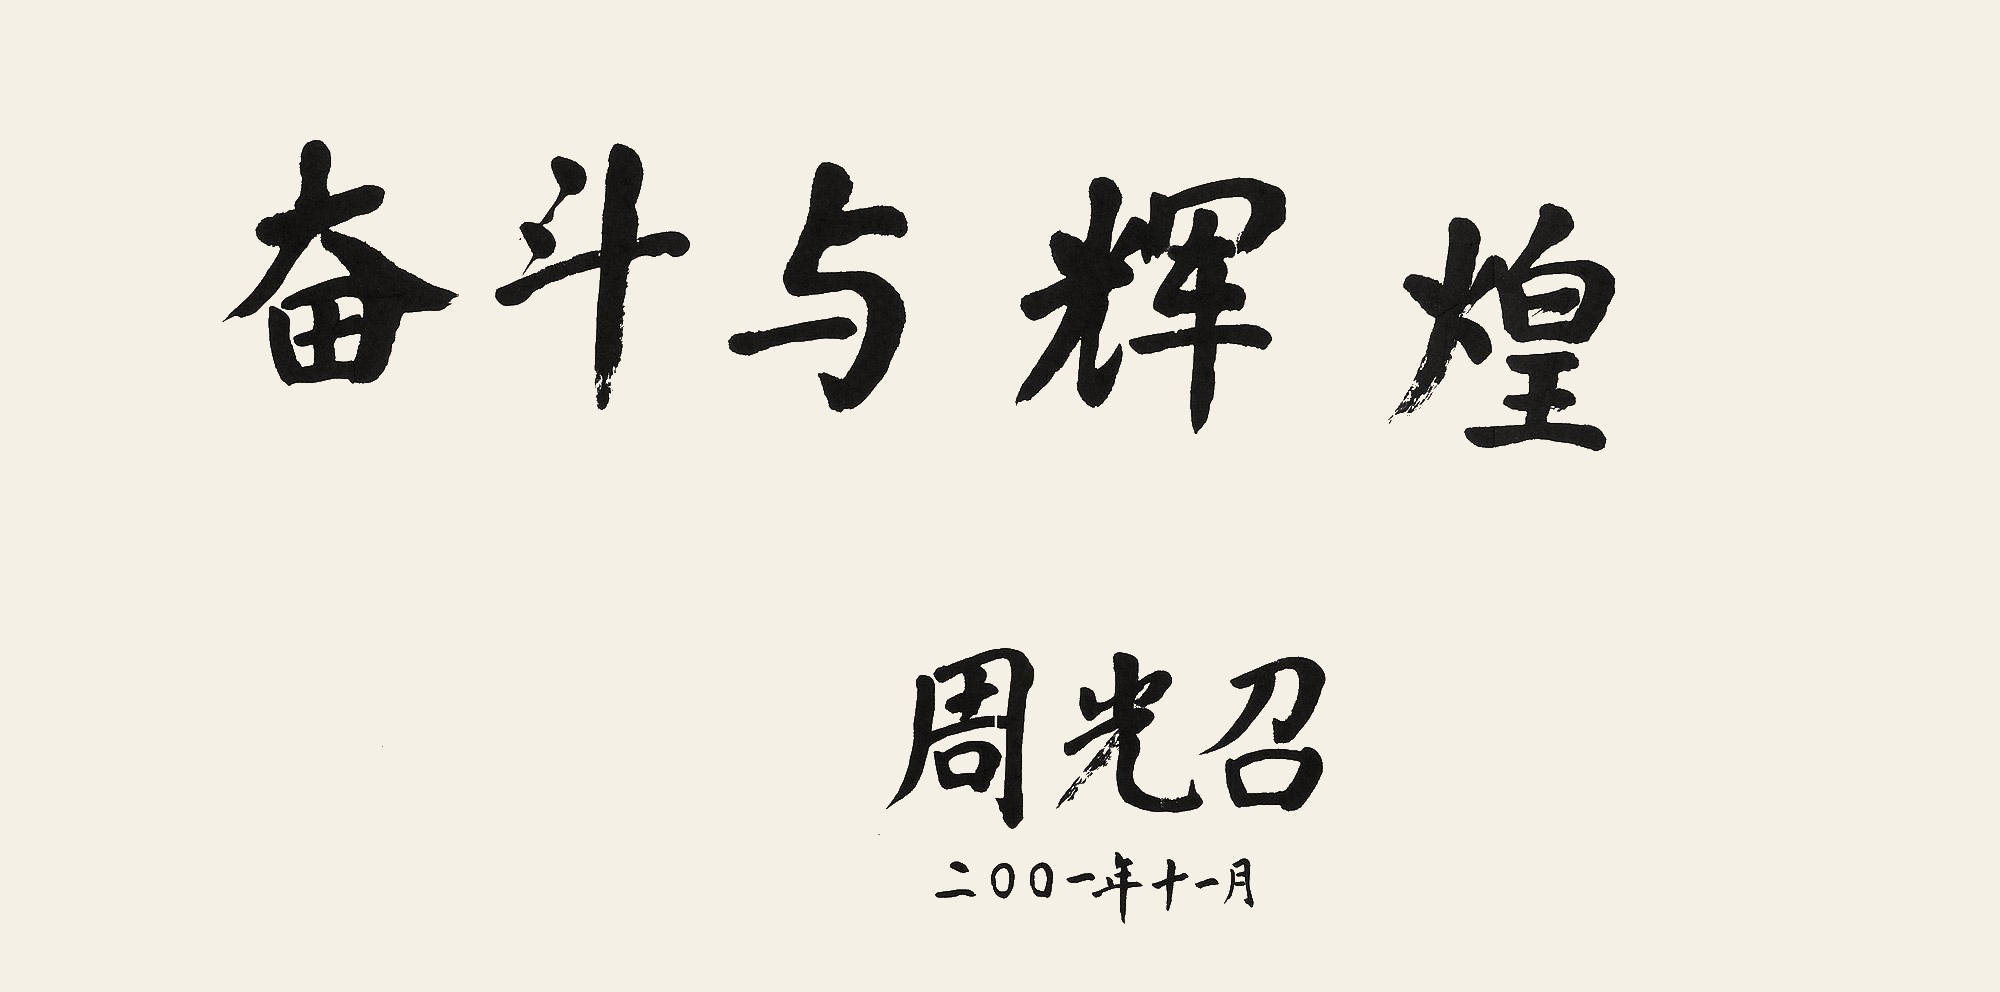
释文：奋斗与辉煌。周光召二零零一年十一月。